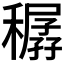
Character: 𥢨